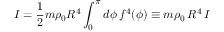
I = \frac { 1 } { 2 } m \rho _ { 0 } R ^ { 4 } \int _ { 0 } ^ { \pi } d \phi \, f ^ { 4 } ( \phi ) \equiv m \rho _ { 0 } \, R ^ { 4 } \, { \cal I }